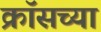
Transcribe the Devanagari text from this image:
क्रॉसच्या